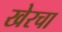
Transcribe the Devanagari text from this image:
खेरचा